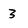
Character: 3